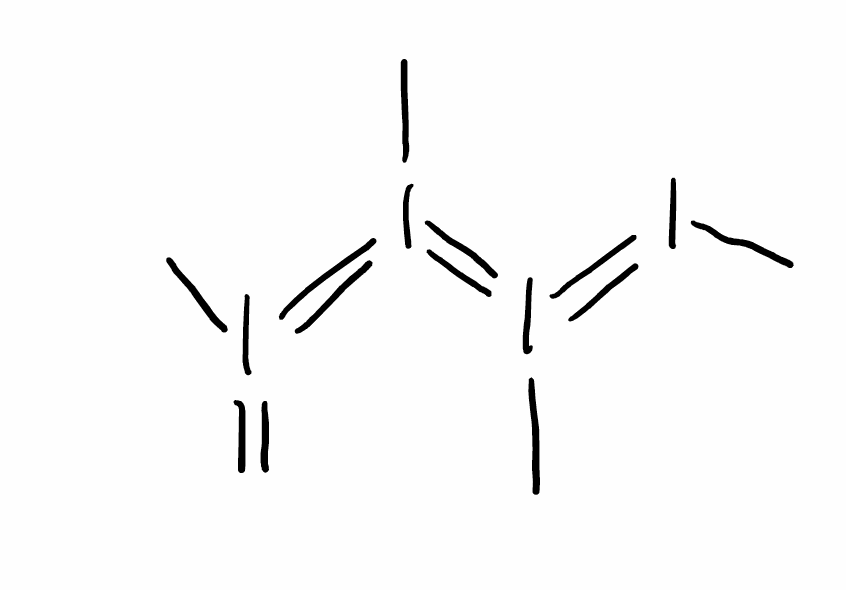
Simplified molecular-input line-entry system (SMILES) notation of the given molecule:
CI=I(=I(=I(=C)C)C)C